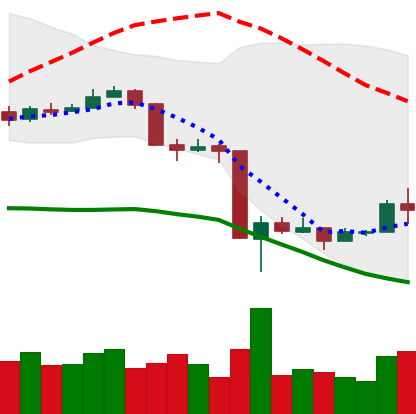
Ticker: BNB-USD
Chart end date: 2020-03-20
Forward return: 3.776%
Label: up_3_5